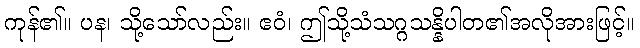
ကုန်၏။ ပန၊ သို့သော်လည်း။ ဧဝံ၊ ဤသို့သံသဂ္ဂသန္နိပါတ၏အလိုအားဖြင့်။